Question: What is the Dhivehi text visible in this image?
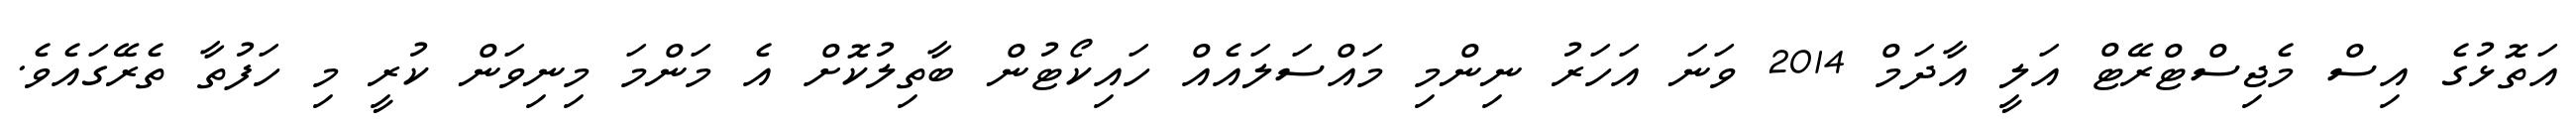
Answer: އަތޮޅުގެ އިސް މެޖިސްޓްރޭޓް އަލީ އާދަމް 2014 ވަނަ އަހަރު ނިންމި މައްސަލައެއް ހައިކޯޓުން ބާތިލުކޮށް އެ މަންމަ މިނިވަން ކުރީ މި ހަފުތާ ތެރޭގައެވެ.